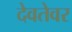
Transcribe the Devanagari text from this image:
देवतेवर